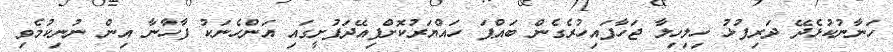
ހަނާނުކުޅެދޭ ދަރިފުޅު ހިލިހިލާ ޖަހާފައިހުރެގެން ބައްޕަ ހައްޔަރުކޮށްފިއޭދަފުށީގައި އަންހެނަކު ފާހާނާ އިން ނުނިކުމެވި